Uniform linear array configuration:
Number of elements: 48
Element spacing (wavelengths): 1
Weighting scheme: binomial
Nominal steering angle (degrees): -30
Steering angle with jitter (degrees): -29.002
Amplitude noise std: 0.05
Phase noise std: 0.05

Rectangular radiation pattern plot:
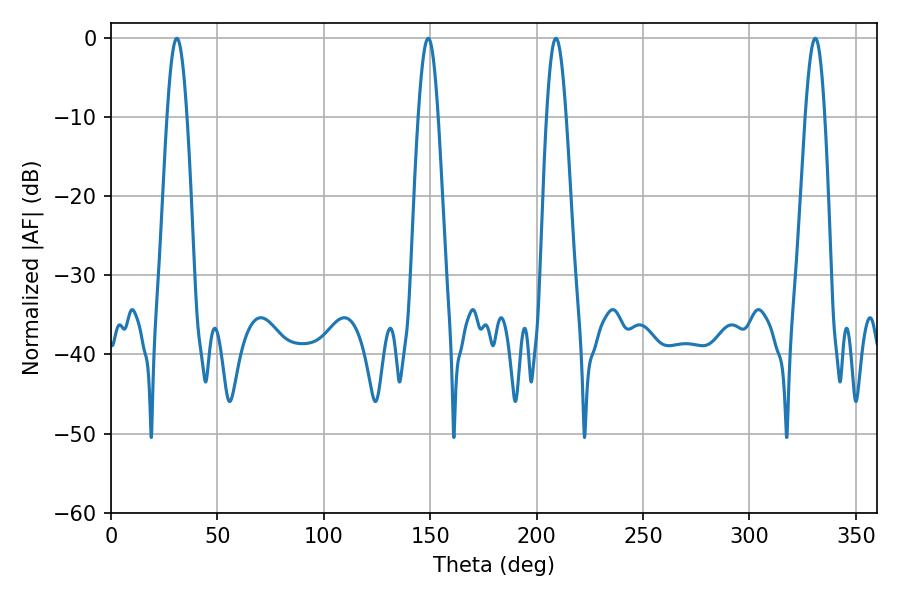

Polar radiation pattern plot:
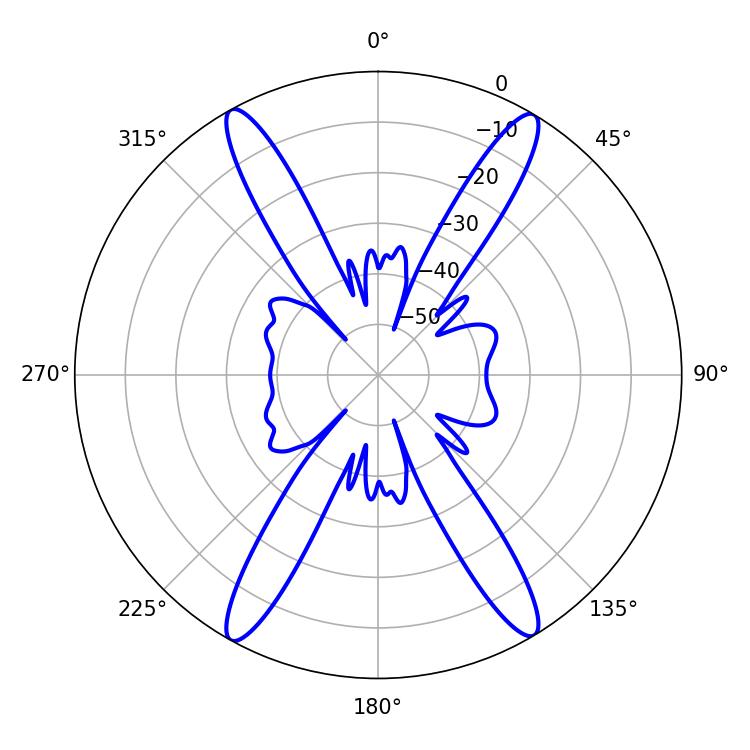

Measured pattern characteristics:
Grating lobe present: TRUE
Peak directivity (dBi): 24.669
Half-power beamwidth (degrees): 5.04
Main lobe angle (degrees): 30.96